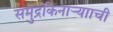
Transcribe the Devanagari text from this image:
समुद्रकिनाऱ्यााची